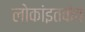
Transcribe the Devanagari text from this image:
लोकांइतकेच